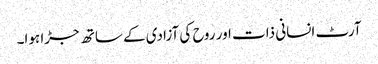
آرٹ انسانی ذات اور روح کی آزادی کے ساتھ جڑا ہوا۔